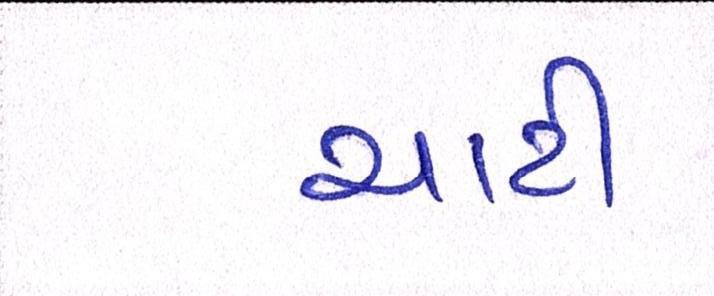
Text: ચાટી